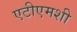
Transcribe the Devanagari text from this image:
एटीएमशी